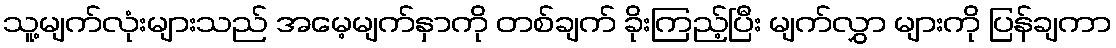
သူ့မျက်လုံးများသည် အမေ့မျက်နှာကို တစ်ချက် ခိုးကြည့်ပြီး မျက်လွှာ များကို ပြန်ချကာ